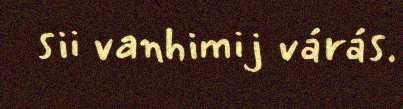
sii vanhimij várás.